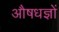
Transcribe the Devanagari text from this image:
औषधज्ञों